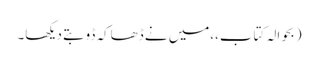
(بحوالہ کتاب،،میں نے ڈھاکہ ڈوبتے دیکھا۔